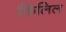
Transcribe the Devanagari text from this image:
किलिल